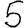
Digit: 5